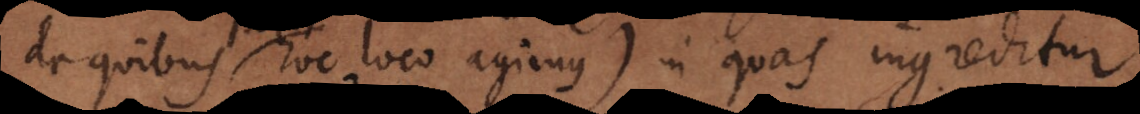
de quibus hoc loco agimus) in quas ingreditur